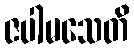
ဇပါမသေတိ